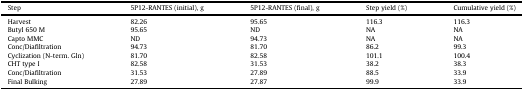
<table><thead><tr><td><b>Step</b></td><td><b>5P12-RANTES (initial), g</b></td><td><b>5P12-RANTES (final), g</b></td><td><b>Step yield (%)</b></td><td><b>Cumulative yield (%)</b></td></tr></thead><tbody><tr><td>Harvest</td><td>82.26</td><td>95.65</td><td>116.3</td><td>116.3</td></tr><tr><td>Butyl 650 M</td><td>95.65</td><td>ND</td><td>NA</td><td>NA</td></tr><tr><td>Capto MMC</td><td>ND</td><td>94.73</td><td>NA</td><td>NA</td></tr><tr><td>Conc/Diafiltration</td><td>94.73</td><td>81.70</td><td>86.2</td><td>99.3</td></tr><tr><td>Cyclization (N-term. Gln)</td><td>81.70</td><td>82.58</td><td>101.1</td><td>100.4</td></tr><tr><td>CHT type I</td><td>82.58</td><td>31.53</td><td>38.2</td><td>38.3</td></tr><tr><td>Conc/Diafiltration</td><td>31.53</td><td>27.89</td><td>88.5</td><td>33.9</td></tr><tr><td>Final Bulking</td><td>27.89</td><td>27.87</td><td>99.9</td><td>33.9</td></tr></tbody></table>